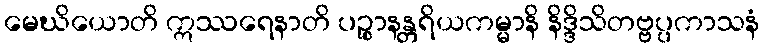
မေဃိယောတိ ဣဿရေနာတိ ပဉ္စာနန္တရိယကမ္မာနိ နိဒ္ဒိသိတဗ္ဗပ္ပကာသနံ